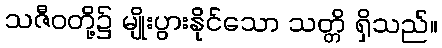
သဇီဝတို့၌ မျိုးပွားနိုင်သော သတ္တိ ရှိသည်။